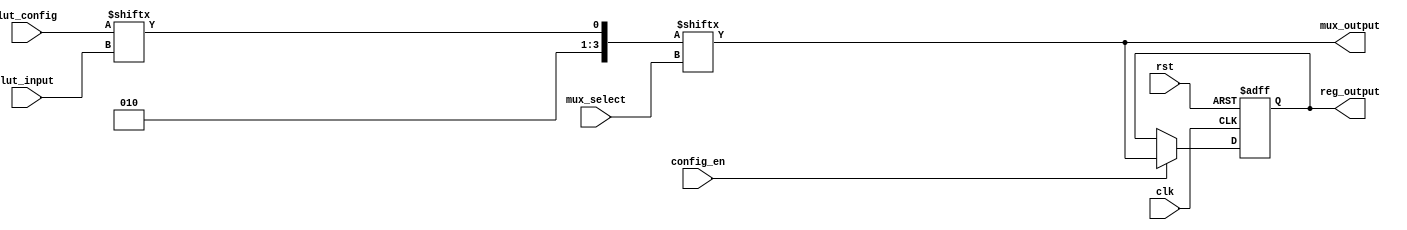
module configurable_logic_block (
    input wire [3:0] lut_input,      // 4-bit input for LUT
    input wire [3:0] mux_select,      // 4-bit select input for MUX
    input wire clk,                   // Clock for registers
    input wire rst,                   // Reset signal
    input wire config_en,             // Configuration enable signal
    input wire [15:0] lut_config,     // LUT configuration (16-bit for 4-input LUT)
    output wire mux_output,           // Output from MUX
    output reg reg_output             // Output from register
);

    // LUT implementation
    wire lut_output;
    assign lut_output = lut_config[lut_input]; // LUT output based on configuration

    // MUX implementation
    wire [3:0] mux_inputs; // Assume 4 inputs for MUX
    assign mux_inputs[0] = lut_output; // Input from LUT
    assign mux_inputs[1] = 1'b0; // Example input
    assign mux_inputs[2] = 1'b1; // Example input
    assign mux_inputs[3] = 1'b0; // Example input

    assign mux_output = mux_inputs[mux_select]; // MUX output based on select lines

    // Register implementation
    always @(posedge clk or posedge rst) begin
        if (rst) begin
            reg_output <= 1'b0; // Reset output
        end else if (config_en) begin
            reg_output <= mux_output; // Store MUX output in register
        end
    end

endmodule